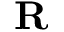
\mathbf { R }